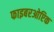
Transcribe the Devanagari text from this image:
फाइबरओप्टिक